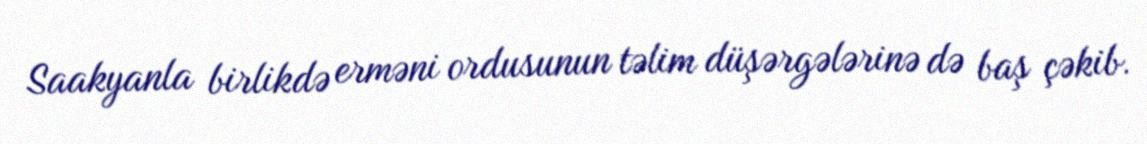
Saakyanla birlikdə erməni ordusunun təlim düşərgələrinə də baş çəkib.